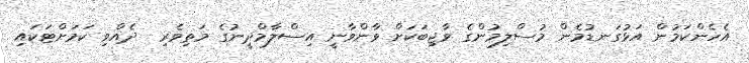
އެހެންކަމުން އަޅުގަނޑުމެން މުސްލިމުންގެ ވާޖިބަކަށް ވާންވާނީ އިސްލާމްދީނުގެ މަތިވެރި  ދެއްވި ކަމަށްޓަކައި